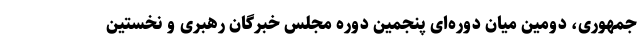
جمهوری، دومین میان دوره‌ای پنجمین دوره مجلس خبرگان رهبری و نخستین